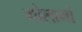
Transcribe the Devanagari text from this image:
गोलाभों